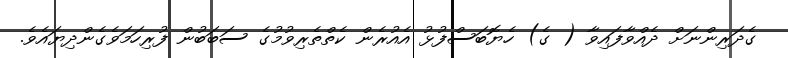
ގެދަރިންނަށް ދެއްވާފައިވާ ( ގެ) ހެޔޮބަސްފުޅު އެއުރެން ކެތްތެރިވުމުގެ ސަބަބުން ފުރިހަމަވެގެންދިޔައެވެ.